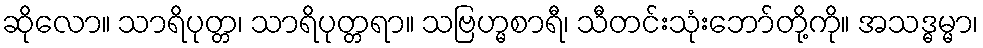
ဆိုလော။ သာရိပုတ္တ၊ သာရိပုတ္တရာ။ သဗြဟ္မစာရီ၊ သီတင်းသုံးဘော်တို့ကို။ အသဒ္ဓမ္မာ၊